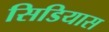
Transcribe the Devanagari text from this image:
सिडियास